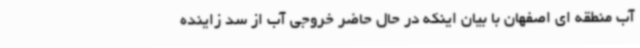
آب منطقه ای اصفهان با بیان اینکه در حال حاضر خروجی آب از سد زاینده